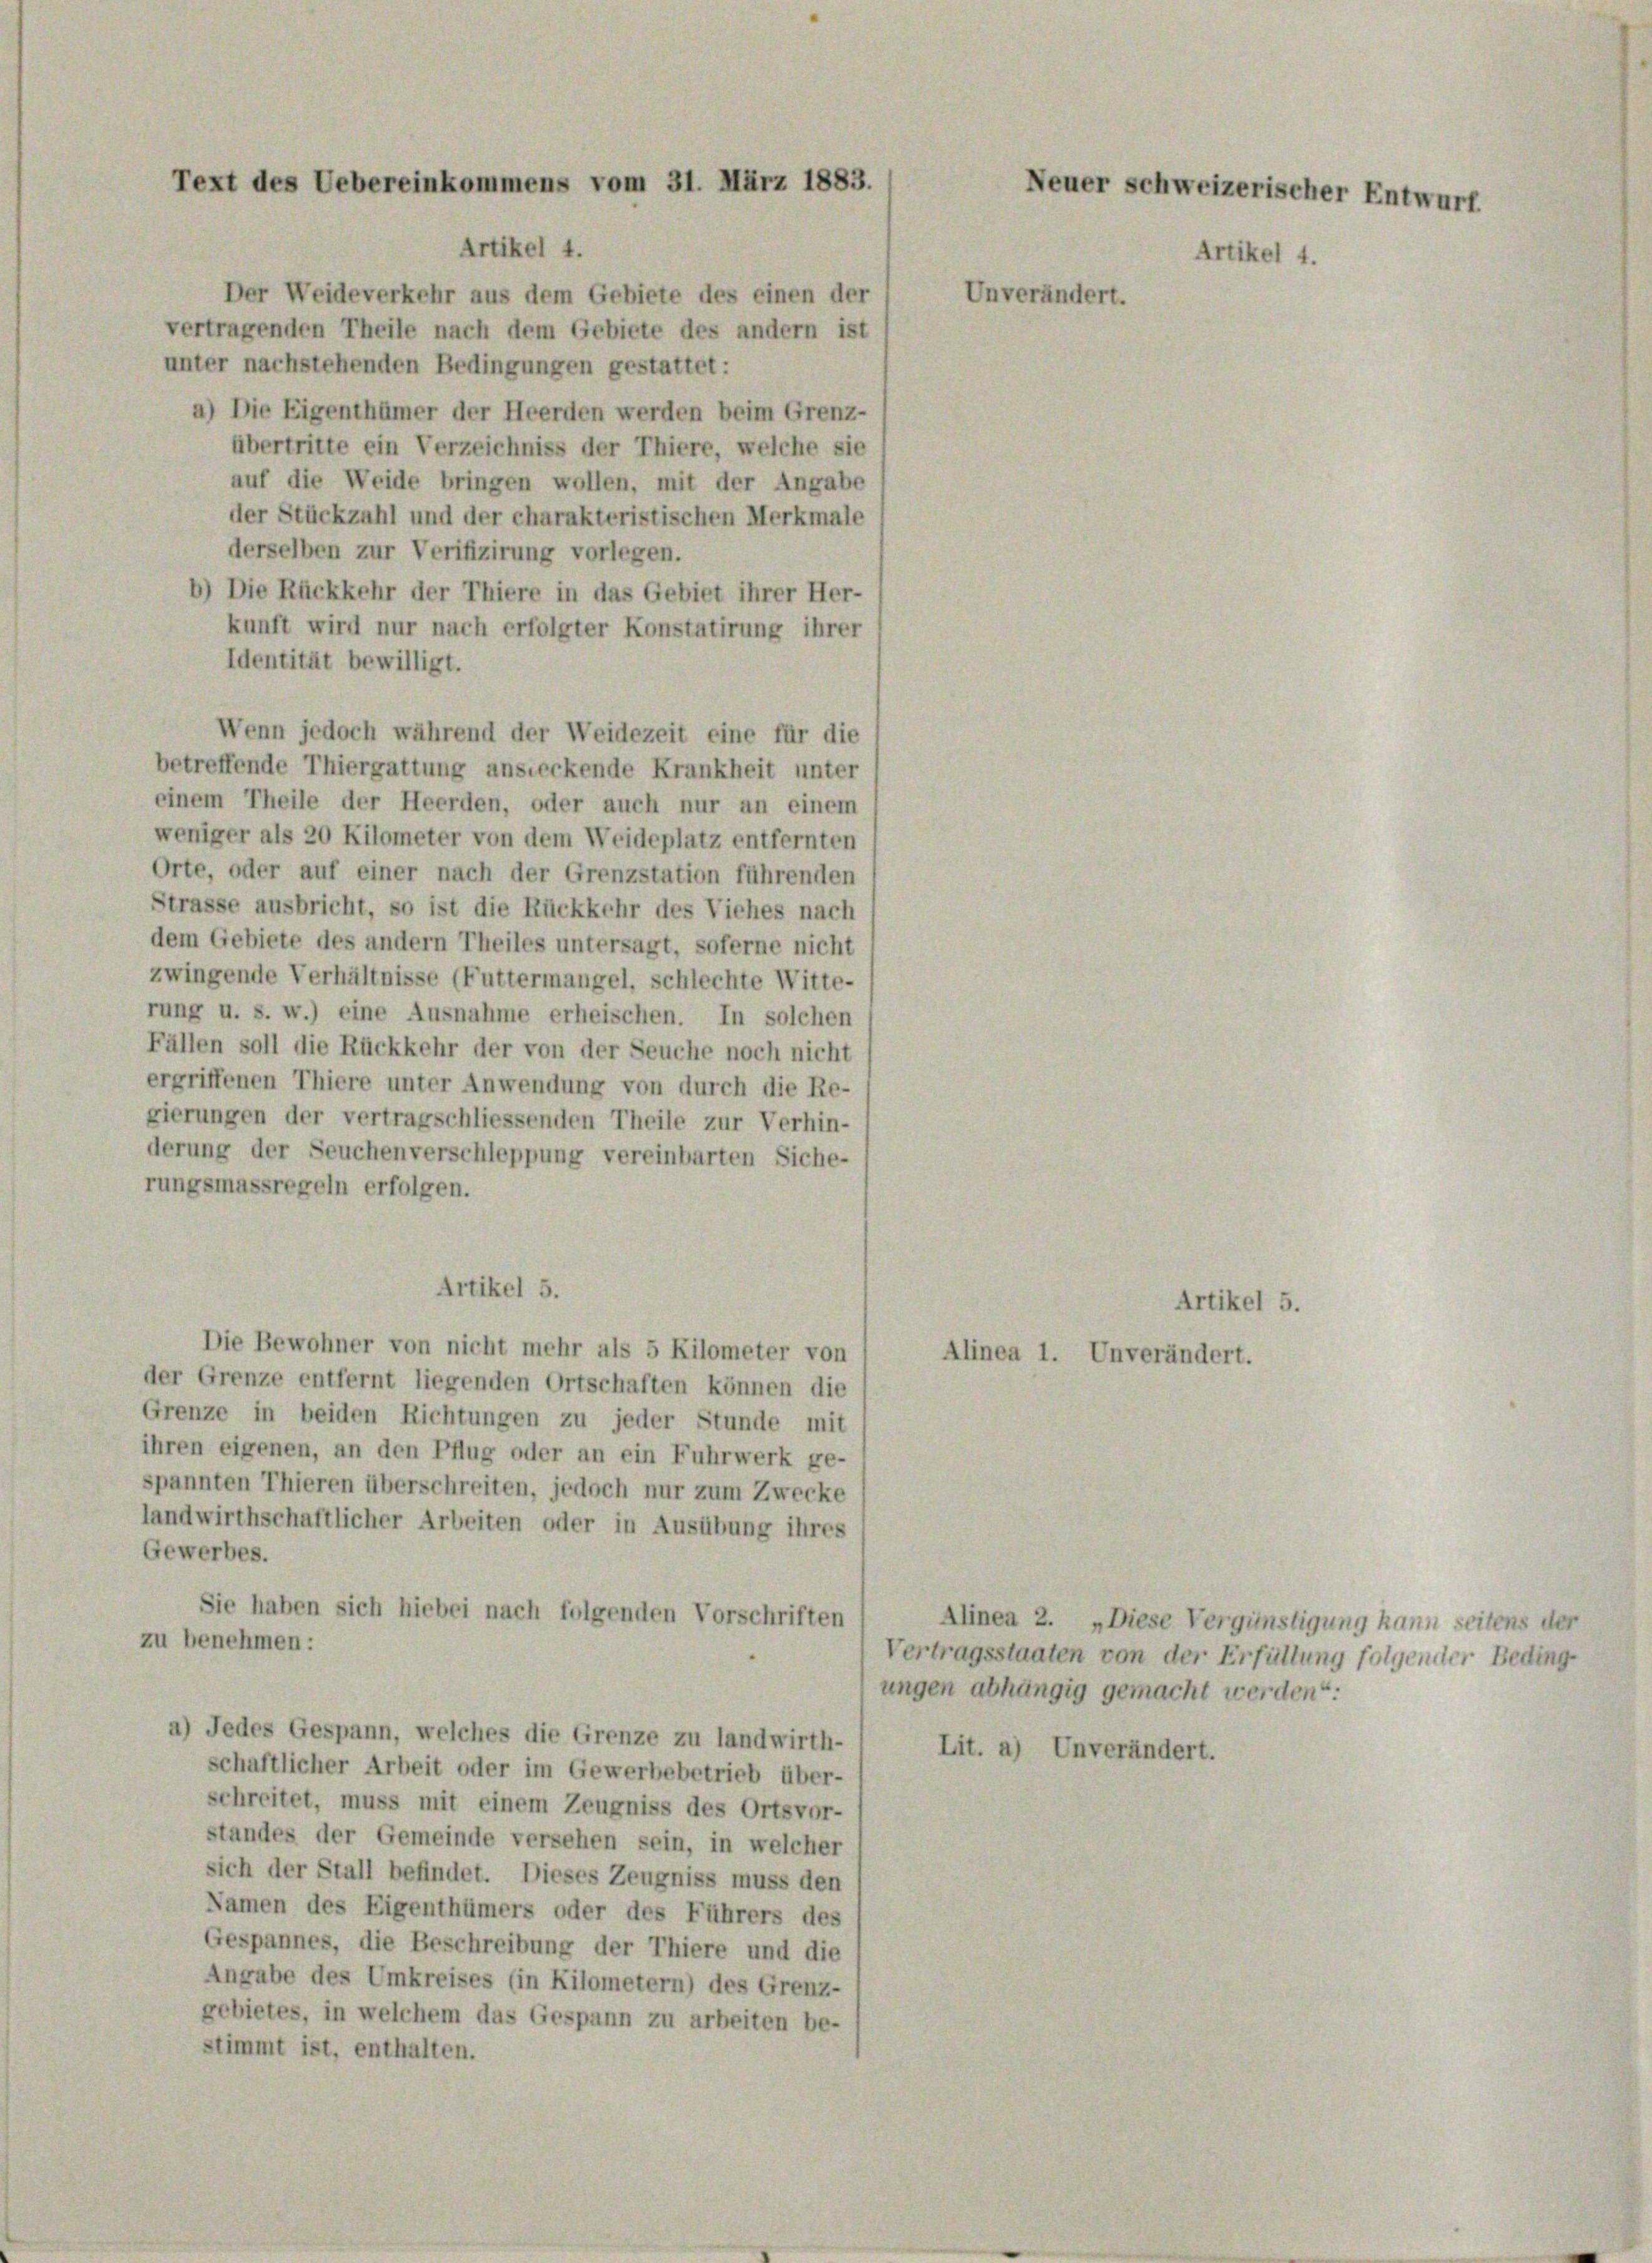
Text des Uebereinkommens vom 31. März 1883.

Artikel 4.
Der Weideverkehr aus dem Gebiete des einen der
vertragenden Theile nach dem Gebiete des andern ist
unter nachstehenden Bedingungen gestattet:
a) Die Eigenthümer der Heerden werden beim Grenz-
übertritte ein Verzeichniss der Thiere, welche sie
auf die Weide bringen wollen, mit der Angabe
der Stückzahl und der charakteristischen Merkmale
derselben zur Verifizirung vorlegen.
b) Die Rückkehr der Thiere in das Gebiet ihrer Her-
kunft wird nur nach erfolgter Konstatirung ihrer
Identität bewilligt.
Wenn jedoch während der Weidezeit eine für die
betreffende Thiergattung ansteckende Krankheit unter
einem Theile der Heerden, oder auch nur an einem
weniger als 20 Kilometer von dem Weideplatz entfernten
Orte, oder auf einer nach der Grenzstation führenden
Strasse ausbricht, so ist die Rückkehr des Viehes nach
dem Gebiete des andern Theiles untersagt, soferne nicht
zwingende Verhältnisse (Futtermangel, schlechte Witte-
rung u. s. w.) eine Ausnahme erheischen. In solchen
Fällen soll die Rückkehr der von der Seuche noch nicht
ergriffenen Thiere unter Anwendung von durch die Re-
gierungen der vertragschliessenden Theile zur Verhin-
derung der Seuchenverschleppung vereinbarten Siche-
rungsmassregeln erfolgen.
Artikel 5.
Die Bewohner von nicht mehr als 5 Kilometer von
der Grenze entfernt liegenden Ortschaften können die
Grenze in beiden Richtungen zu jeder Stunde mit
ihren eigenen, an den Pflug oder an ein Fuhrwerk ge-
spannten Thieren überschreiten, jedoch nur zum Zwecke
landwirthschaftlicher Arbeiten oder in Ausübung ihres
Gewerbes.
Sie haben sich hiebei nach folgenden Vorschriften
zu benehmen:
a) Jedes Gespann, welches die Grenze zu landwirth-
schaftlicher Arbeit oder im Gewerbebetrieb über-
schreitet, muss mit einem Zeugniss des Ortsvor-
standes der Gemeinde versehen sein, in welcher
sich der Stall befindet. Dieses Zeugniss muss den
Namen des Eigenthümers oder des Führers des
Gespannes, die Beschreibung der Thiere und die
Angabe des Umkreises (in Kilometern) des Grenz-
gebietes, in welchem das Gespann zu arbeiten be-
stimmt ist, enthalten.

Neuer schweizerischer Entwurf
Artikel 4.

Unverändert.

Alinea 1. Unverändert.

Artikel 5.

Alinea 2. „Diese Vergünstigung kann seitens der
Vertragsstaaten von der Erfüllung folgender Beding-
ungen abhängig gemacht werden:
Lit. a) Unverändert.